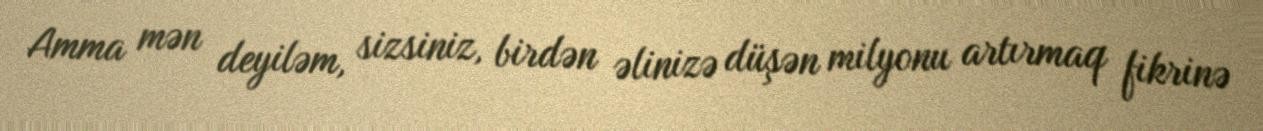
Amma mən deyiləm, sizsiniz, birdən əlinizə düşən milyonu artırmaq fikrinə